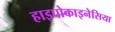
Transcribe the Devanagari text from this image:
हाइपोकाइनेसिया